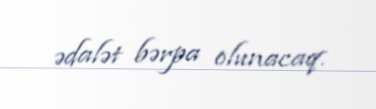
ədalət bərpa olunacaq.